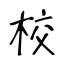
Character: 校